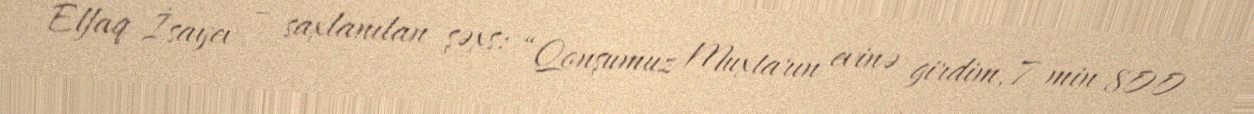
Elfaq İsayev – saxlanılan şəxs: “Qonşumuz Muxtarın evinə girdim, 7 min 800